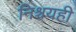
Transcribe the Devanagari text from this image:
निश्चयही